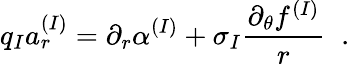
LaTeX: q_{I}a_{r}^{(I)}=\partial_{r}\alpha^{(I)}+\sigma_{I}\frac{\partial_{\theta}f^{(I)}}{r}\; \; .